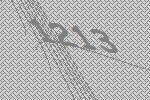
1213